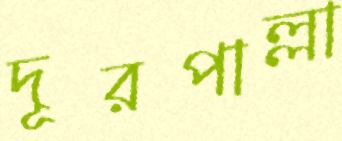
দূরপাল্লা